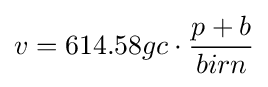
v=614.58gc\cdot {\frac {p+b}{birn}}